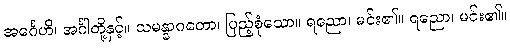
အင်္ဂေဟိ၊ အင်္ဂါတို့နှင့်။ သမန္နာဂတော၊ ပြည့်စုံသော။ ရညော၊ မင်း၏။ ရညော၊ မင်း၏။